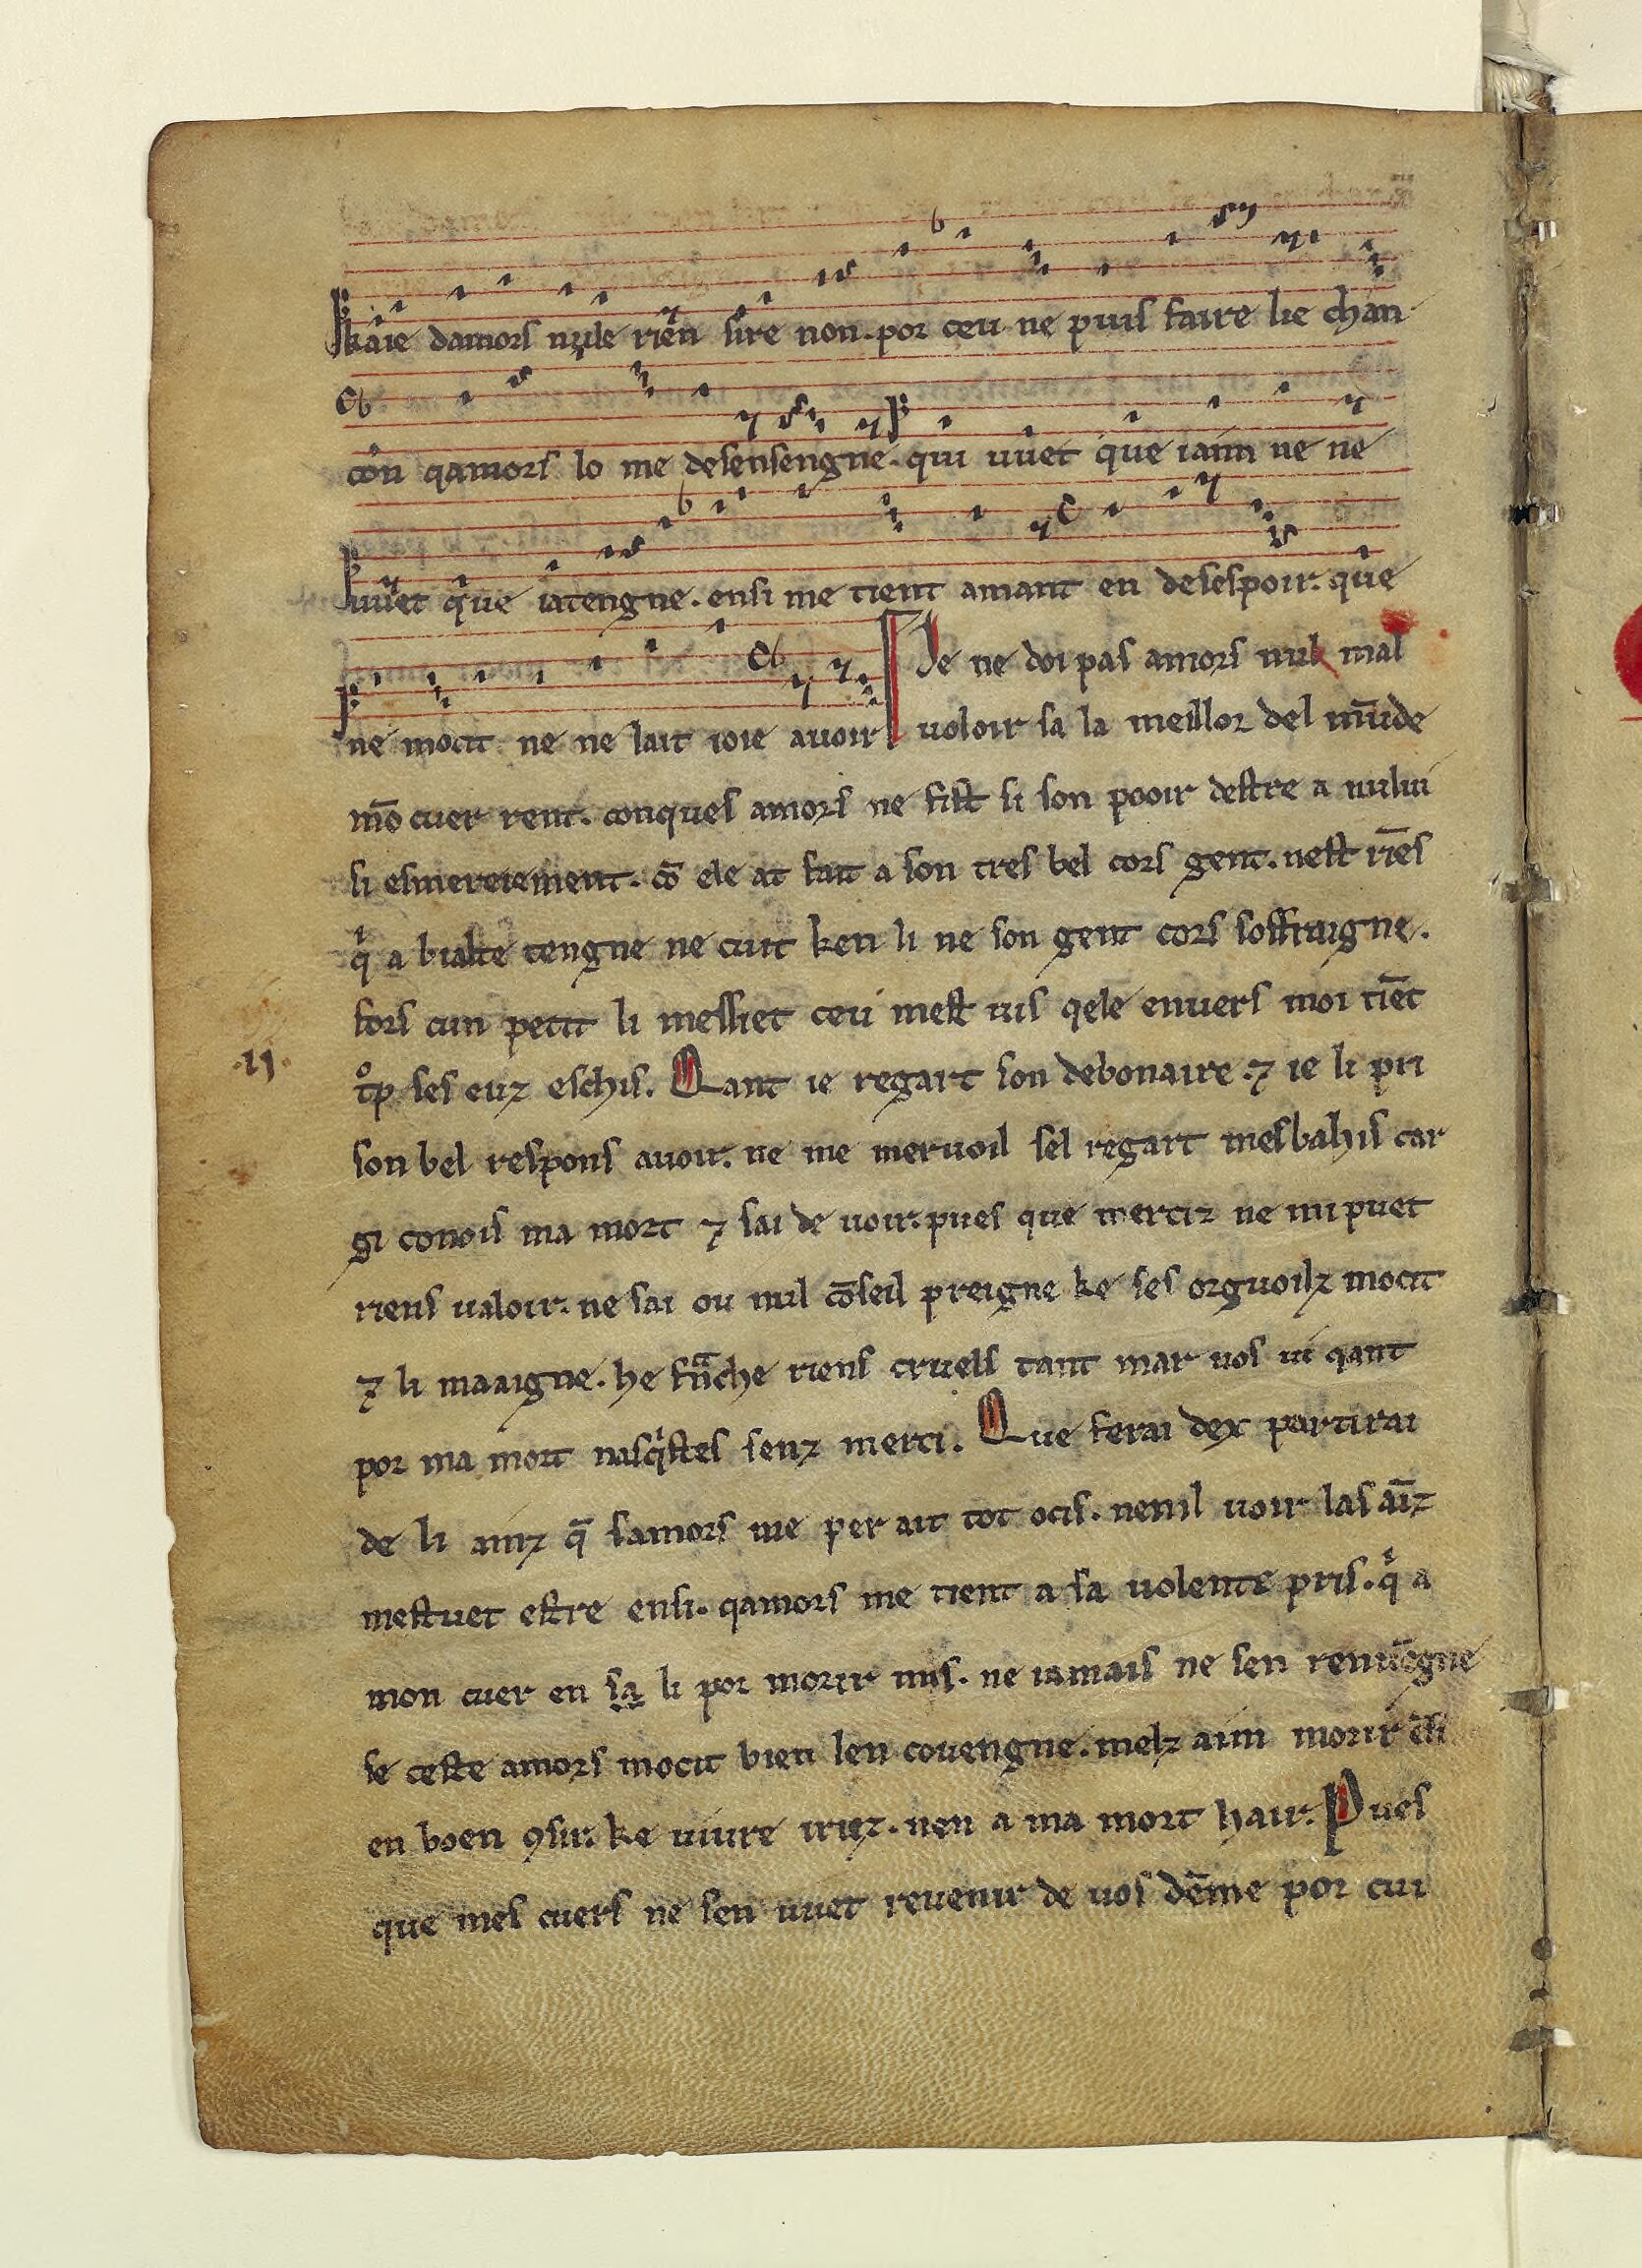
Shelfmark: Paris, BnF, fr. 20050
Century: 13